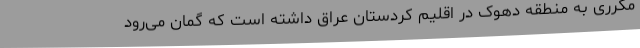
مکرری به منطقه دهوک در اقلیم کردستان عراق داشته است که گمان می‌رود